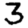
Digit: 3